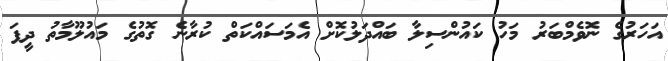
އަހަރުގެ ނޮވެމްބަރު މަހު ކައުންސިލާ ބައްދަލުކޮށް އެމަސައްކަތް ކުރާނެ ގޮތުގެ މައުލޫމާތު ދީފަ